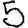
Digit: 5